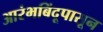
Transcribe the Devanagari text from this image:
आरंभबिंदूपासून